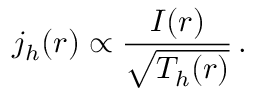
j _ { h } ( r ) \propto \frac { I ( r ) } { \sqrt { T _ { h } ( r ) } } \, .